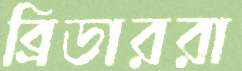
ব্রিডাররা